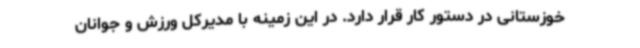
خوزستانی در دستور کار قرار دارد. در این زمینه با مدیرکل ورزش و جوانان